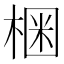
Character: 𣕳